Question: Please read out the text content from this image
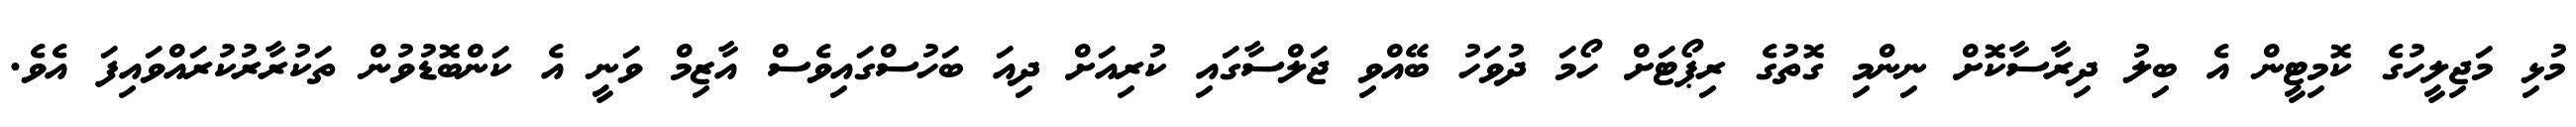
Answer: މުޅި މަޖިލީހުގެ ކޮމިޓީން އެ ބިލު ދިރާސާކޮށް ނިންމި ގޮތުގެ ރިޕޯޓަށް ހޯމަ ދުވަހު ބޭއްވި ޖަލްސާގައި ކުރިއަށް ދިއަ ބަހުސްގައިވެސް އާޒިމް ވަނީ އެ ކަންބޮޑުވުން ތަކުރާރުކުރައްވައިފަ އެވެ.